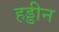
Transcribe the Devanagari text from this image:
हड्डीन